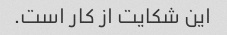
این شکایت از کار است.